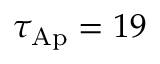
\tau _ { \mathrm { A p } } = 1 9